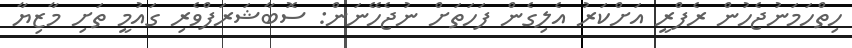
ހިތްހަމަނުޖެހުން ރެފްރީ އަށްކަރު އެލިގެން ފަހަތަށް ނުޖެހޭނަން: ސޮބާޝަރަފްވެރި ގައުމީ ތަށި މާޒިޔާ